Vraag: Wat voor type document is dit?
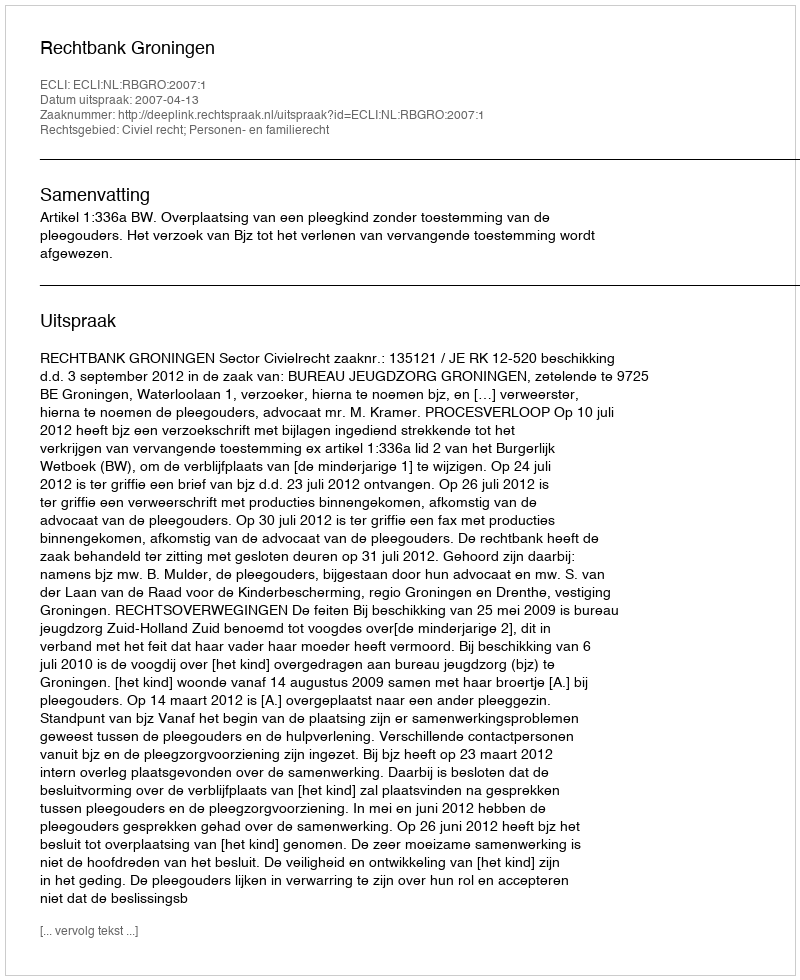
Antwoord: Uitspraak